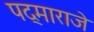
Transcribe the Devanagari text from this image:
पद्माराजे